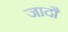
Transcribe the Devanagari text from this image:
जादौ